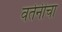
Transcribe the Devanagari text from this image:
वर्तनीचा